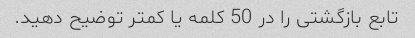
تابع بازگشتی را در 50 کلمه یا کمتر توضیح دهید.